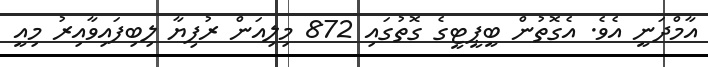
އާމްދަނީ އެވެ. އެގޮތުން ބީޕީޓީގެ ގޮތުގައި 872 މިލިއަން ރުފިޔާ ލިބިފައިވާއިރު މިއީ